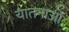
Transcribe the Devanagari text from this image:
यातनाआें